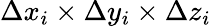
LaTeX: \Delta x_{i}\times\Delta y_{i}\times\Delta z_{i}